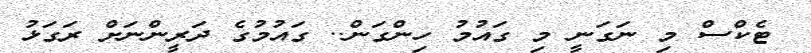
ޓެކްސް މި ނަގަނީ މި ގައުމު ހިންގަން.. ގައުމުގެ ދަރީންނަށް ރަގަޅު